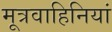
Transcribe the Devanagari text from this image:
मूत्रवाहिनियां